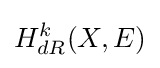
H_{dR}^{k}(X,E)